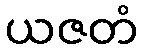
ယဇတံ